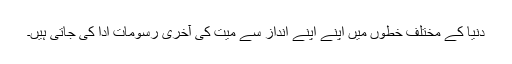
دنیا کے مختلف خطوں میں اپنے اپنے انداز سے میت کی آخری رسومات ادا کی جاتی ہیں۔